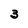
Character: 3